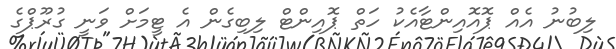
ލިބުނު އެއް ޕޮއޮއިންޓާއެކު ހަތް ޕޮއިންޓް ލިބިގެން އެ ޓީމަށް ވަނީ ގުރޫޕްގެ